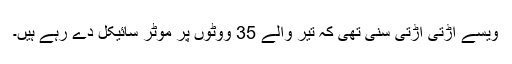
ویسے اڑتی اڑتی سنی تھی کہ تیر والے 35 ووٹوں پر موٹر سائیکل دے رہے ہیں۔